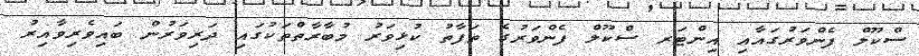
ސްކޫލް ފެންވަރުގައާއި އިންޓަރ ސްކޫލް ފެންވަރުގެ ތަފާތު ކުޅިވަރު މުބާރާތްތަކުގައި ދަރިވަރުން ބައިވެރިވާއިރު